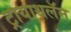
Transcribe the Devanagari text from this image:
ट्रायाथलॅन